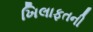
ખિલાફતની